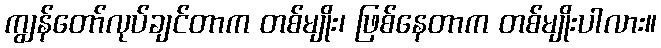
ကျွန်တော်လုပ်ချင်တာက တစ်မျိုး၊ ဖြစ်နေတာက တစ်မျိုးပါလား။